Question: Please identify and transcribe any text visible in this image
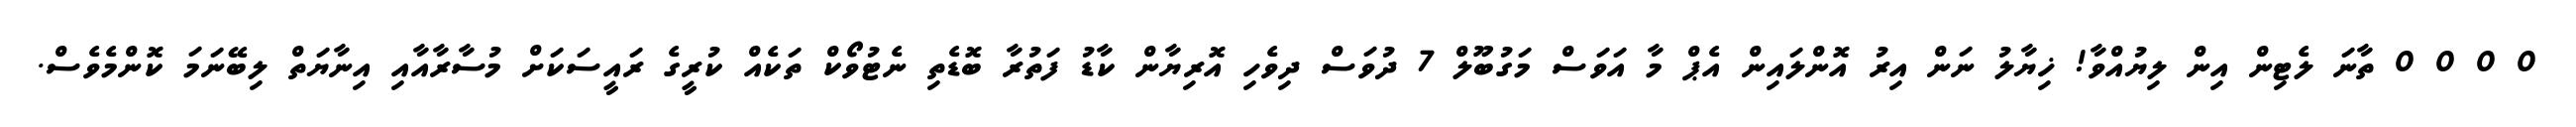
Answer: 0 0 0 0 ތާނަ ލެޓިން އިން ލިޔުއްވާ! ޚިޔާލު ނަން އިރު އޮންލައިން އެޕް މާ އަވަސް މަގުބޫލް 7 ދުވަސް ދިވެހި އޮރިޔާން ކާޑު ފަތުރާ ބޮޑެތި ނެޓުވޯކް ތަކެއް ކުރީގެ ރައީސަކަށް މުސާރާއާއި އިނާޔަތް ލިބޭނަމަ ކޮންމެވެސް.